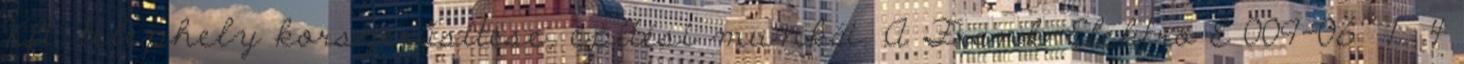
Kft. telephely korszerűsítése, építési munkái. A Frank-Elektro É 009-06 1 4